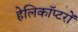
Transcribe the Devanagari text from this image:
हेलिकाॅप्टरों